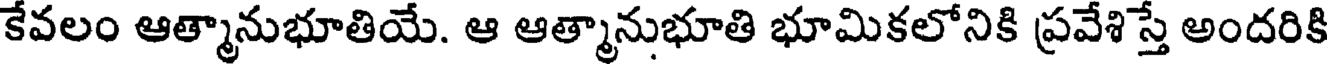
కేవలం ఆత్మానుభూతియే. ఆ ఆత్మానుభూతి భూమికలోనికి ప్రవేశిస్తే అందరికి